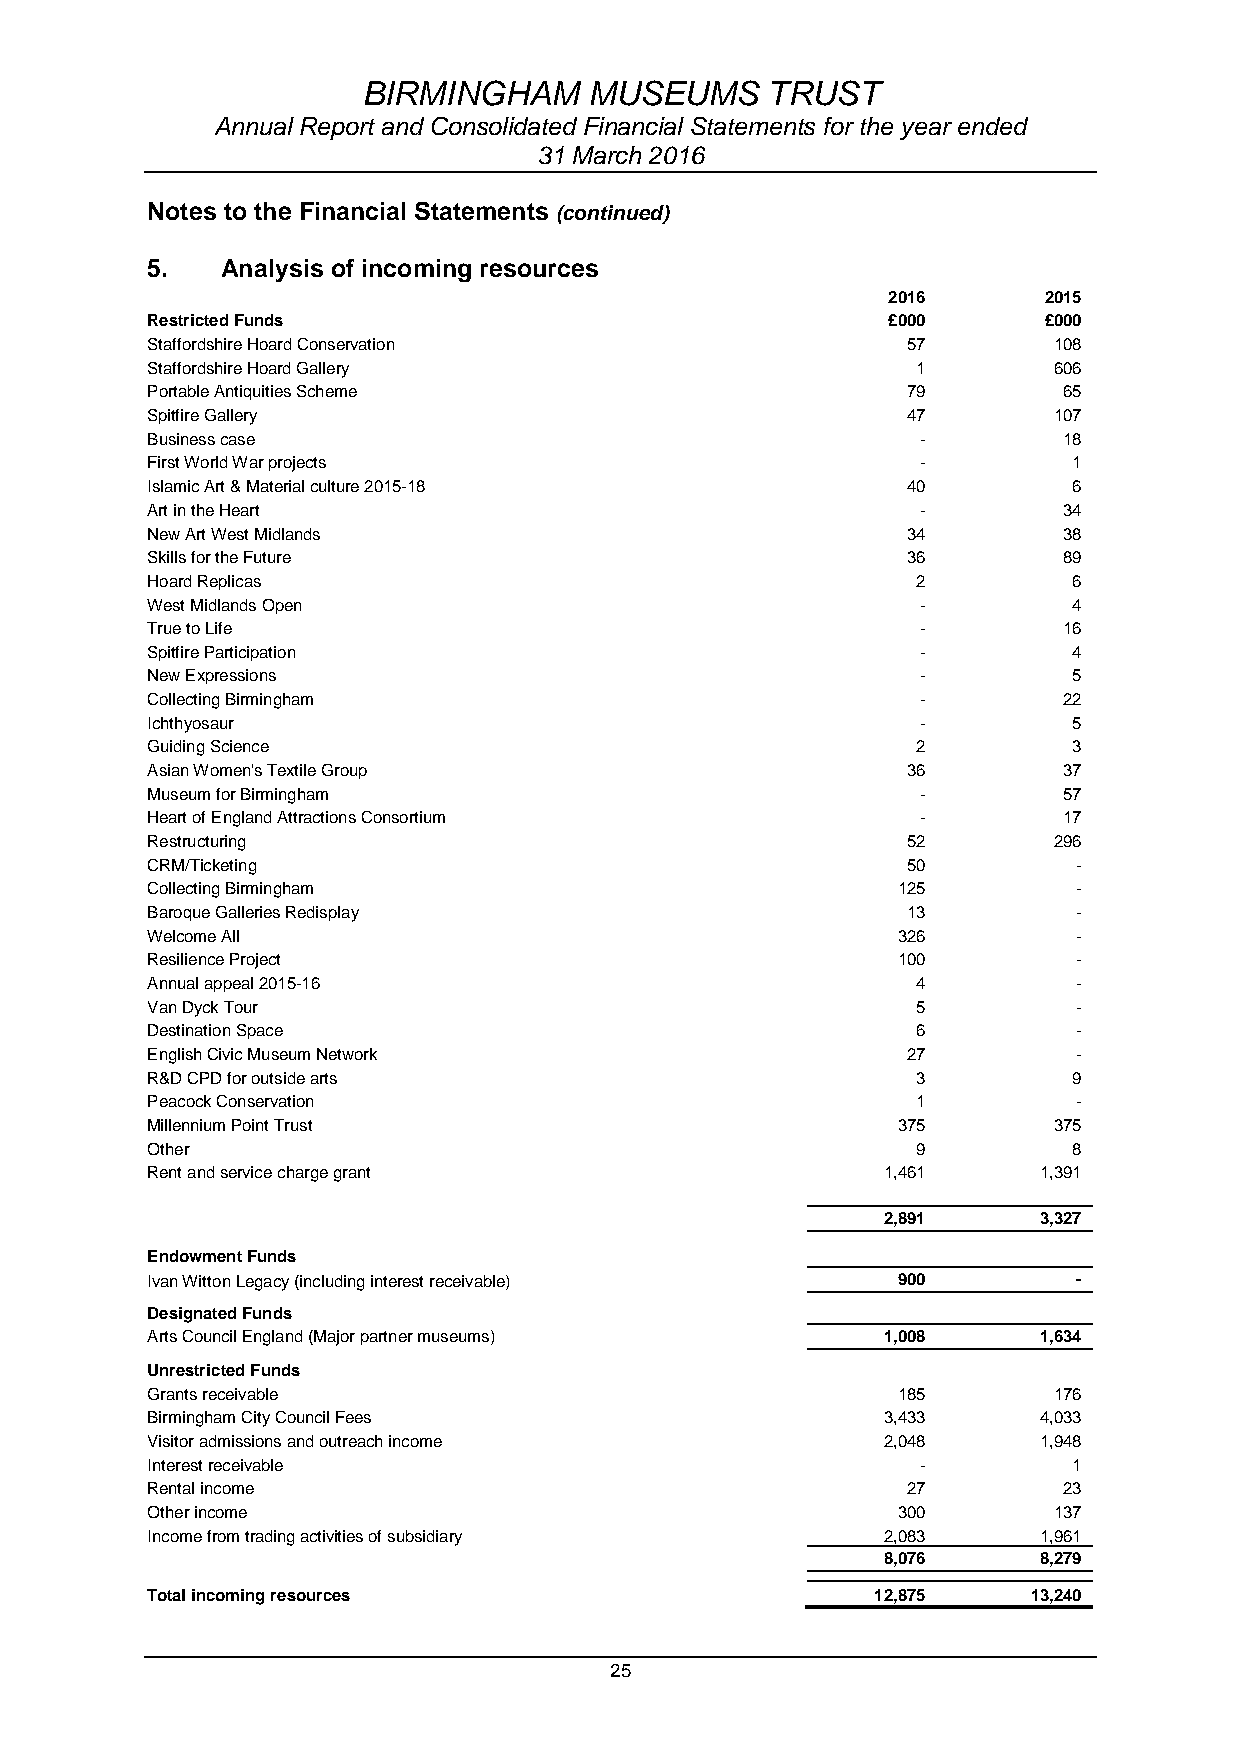
BIRMINGHAM     MUSEUMS     TRUST
 Annual Report and Consolidated Financial Statements for the year ended
 31 March 2016
 Notes to the Financial Statements (continued)
 5.   Analysis of incoming resources
 2016      2015
 Restricted Funds                                 £000      £000
 Staffordshire Hoard Conservation 34 0             57        108
 Staffordshire Hoard Gallery 341                    1        606
 Portable Antiquities Scheme 330                   79        65
 Spitfire Gallery         530                      47        107
 Business case                                      -        18
 First World War projects                           -         1
 Islamic Art & Material culture 2015-18 52 8       40         6
 Art in the Heart                                   -        34
 New Art West Midlands    50 9                     34        38
 Skills for the Future    524                      36        89
 Hoard Replicas           342                       2         6
 West Midlands Open       519                       -         4
 True to Life                                       -        16
 Spitfire Participation                             -         4
 New Expressions                                    -         5
 Collecting Birmingham                              -        22
 Ichthyosaur              54 8                      -         5
 Guiding Science          547                       2         3
 Asian Women's Textile Group 545                   36        37
 Museum for Birmingham                              -        57
 Heart of England Attractions Consortium            -        17
 Restructuring                                     52        296
 CRM/Ticketing            56 2                     50         -
 Collecting Birmingham    572                     125         -
 Baroque Galleries Redisplay 573                   13         -
 Welcome All              576                     326         -
 Resilience Project       577                     100         -
 Annual appeal 2015-16    582                       4         -
 Van Dyck Tour            583                       5         -
 Destination Space        584                       6         -
 English Civic Museum Network 701                  27         -
 R&D CPD for outside arts                           3         9
 Peacock Conservation                               1         -
 Millennium Point Trust                           375        375
 Other                                              9         8
 Rent and service charge grant                   1,461      1,391
 2,891      3,327
 Endowment Funds
 Ivan Witton Legacy (including interest receivable) 900       -
 Designated Funds
 Arts Council England (Major partner museums)    1,008      1,634
 Unrestricted Funds
 Grants receivable                                185        176
 Birmingham City Council Fees                    3,433      4,033
 Visitor admissions and outreach income          2,048      1,948
 Interest receivable                                -         1
 Rental income                                     27        23
 Other income                                     300        137
 Income from trading activities of subsidiary    2,083      1,961
 8,076      8,279
 Total incoming resources                        12,875    13,240
 25